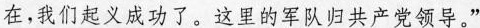
在，我们起义成功了。这里的军队归共产党领导。”